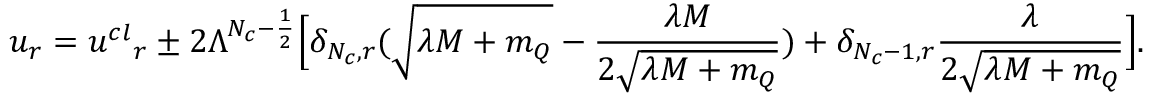
u _ { r } = { u ^ { c l } } _ { r } \pm 2 \Lambda ^ { N _ { c } - \frac { 1 } { 2 } } \Big [ \delta _ { N _ { c } , r } ( \sqrt { \lambda M + m _ { Q } } - \frac { \lambda M } { 2 \sqrt { \lambda M + m _ { Q } } } ) + \delta _ { N _ { c } - 1 , r } \frac { \lambda } { 2 \sqrt { \lambda M + m _ { Q } } } \Big ] .